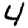
Digit: 4